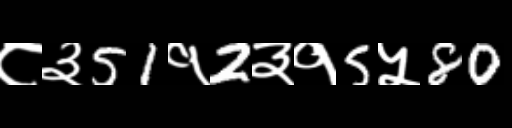
Text: ८३51१2३१5५80